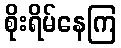
စိုးရိမ်နေကြ